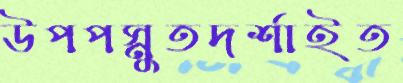
উপপস্নুতদর্শাইত